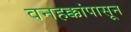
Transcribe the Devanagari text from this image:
वनहक्कांपासून